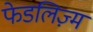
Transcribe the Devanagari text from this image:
फेडलिज़्म